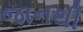
જાનથી